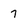
Character: 7